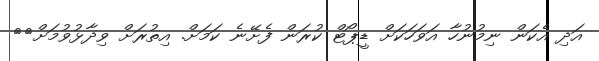
އަދި އެކަން ނިމުނުހާ އަވަހަކަށް ޑީޕޯޓް ކުރަން ފެށޭނެ ކަމަށް. އިތުރަށް ވިދާޅުވުމަށް>>